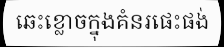
ឆេះខ្លោចក្នុងគំនរផេះផង់